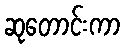
ဆုတောင်းကာ